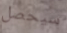
سيحصل